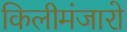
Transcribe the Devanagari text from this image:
किलीमंजारो